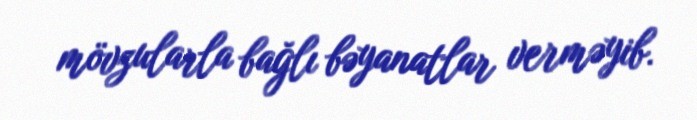
mövzularla bağlı bəyanatlar verməyib.